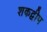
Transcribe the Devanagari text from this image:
शकद्वीप